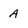
Character: A